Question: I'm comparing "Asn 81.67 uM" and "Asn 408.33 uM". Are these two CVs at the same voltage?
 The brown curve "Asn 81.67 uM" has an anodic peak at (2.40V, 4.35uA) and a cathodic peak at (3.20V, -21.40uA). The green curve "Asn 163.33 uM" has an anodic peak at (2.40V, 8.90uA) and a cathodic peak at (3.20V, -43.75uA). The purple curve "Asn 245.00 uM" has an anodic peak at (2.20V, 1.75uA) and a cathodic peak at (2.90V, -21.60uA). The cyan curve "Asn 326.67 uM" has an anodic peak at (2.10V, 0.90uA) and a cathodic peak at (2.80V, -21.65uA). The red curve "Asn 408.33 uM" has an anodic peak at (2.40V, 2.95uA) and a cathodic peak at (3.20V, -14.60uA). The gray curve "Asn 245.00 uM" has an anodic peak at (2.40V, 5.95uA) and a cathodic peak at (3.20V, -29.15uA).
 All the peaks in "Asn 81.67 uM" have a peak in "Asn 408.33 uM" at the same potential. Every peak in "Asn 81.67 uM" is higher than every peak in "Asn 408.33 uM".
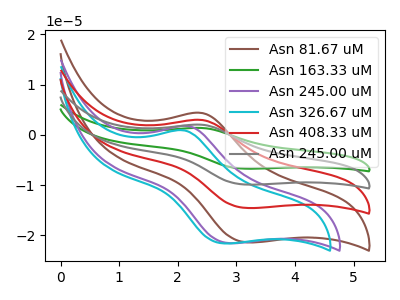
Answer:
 <answer>"Asn 81.67 uM" and "Asn 408.33 uM" are similar in shape.</answer>
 <eval>same_shape</eval>